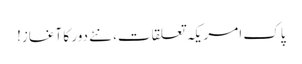
پاک امریکہ تعلقات، نئے دور کا آغاز!